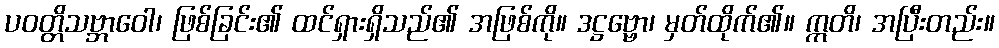
ပဝတ္တိသဗ္ဘာဝေါ၊ ဖြစ်ခြင်း၏ ထင်ရှားရှိသည်၏ အဖြစ်ကို။ ဒဋ္ဌဗ္ဗော၊ မှတ်ထိုက်၏။ ဣတိ၊ အပြီးတည်း။